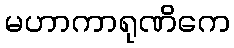
မဟာကာရုဏိကေ